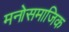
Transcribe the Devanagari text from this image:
मनोसमाजिक